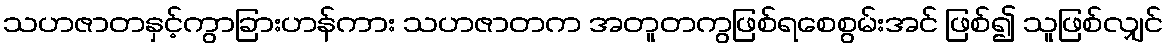
သဟဇာတနှင့်ကွာခြားဟန်ကား သဟဇာတက အတူတကွဖြစ်ရစေစွမ်းအင် ဖြစ်၍ သူဖြစ်လျှင်